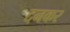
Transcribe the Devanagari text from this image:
दनकर